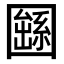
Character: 𡈱